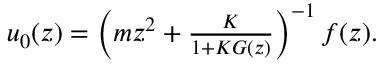
\begin{array} { r } { u _ { 0 } ( z ) = \left( m z ^ { 2 } + \frac { K } { 1 + K G ( z ) } \right) ^ { - 1 } f ( z ) . } \end{array}